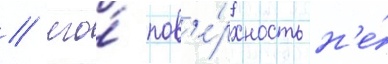
/ его́ пов'е́рхность н'е́